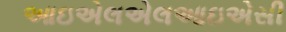
આઇએલએલઆઇએસી